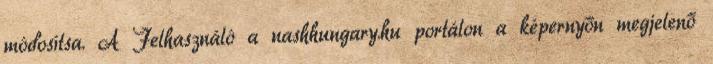
módosítsa. A Felhasználó a nashhungary.hu portálon a képernyőn megjelenő